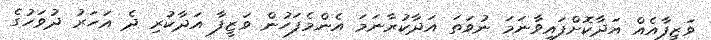
ވަޒީފާއެއް އަދާކޮށްފައިވާނަމަ ނުވަތަ އަދާކުރާނަމަ އެންމެފަހުން ވަޒީފާ އަދާކުރި ދެ އަހަރު ދުވަހުގެ